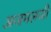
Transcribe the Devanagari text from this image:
अजमलजी